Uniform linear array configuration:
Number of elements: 32
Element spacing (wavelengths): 1
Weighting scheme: cosine
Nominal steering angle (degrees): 0
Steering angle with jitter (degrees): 1.334
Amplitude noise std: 0.05
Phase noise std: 0.05

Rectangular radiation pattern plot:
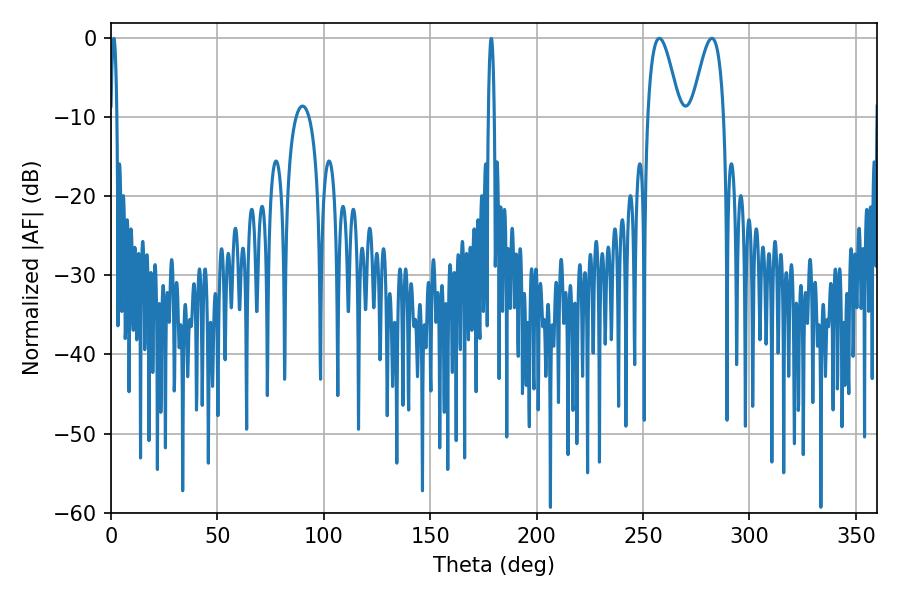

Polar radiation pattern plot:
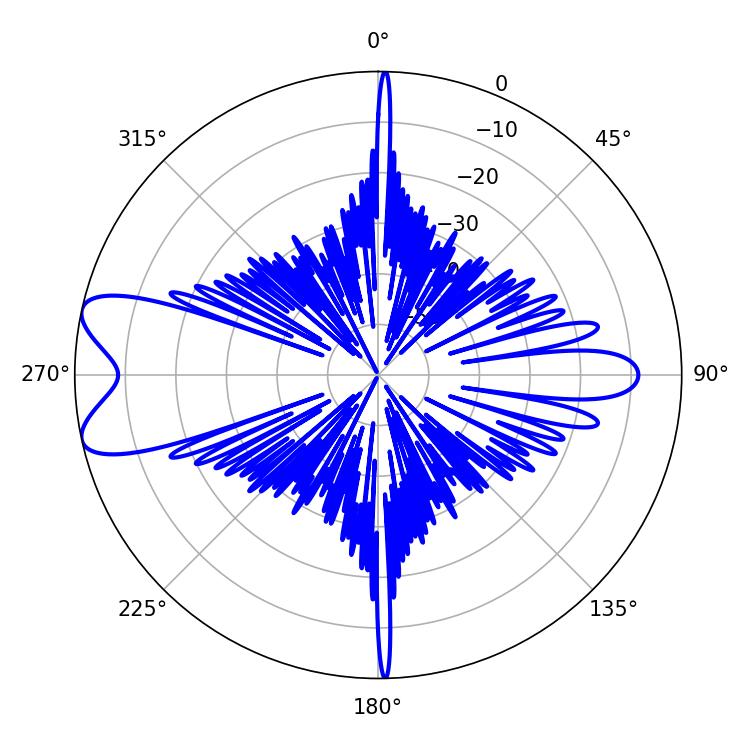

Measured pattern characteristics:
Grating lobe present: TRUE
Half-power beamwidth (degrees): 8.1
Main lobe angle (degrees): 257.58